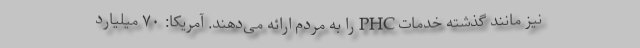
نیز مانند گذشته خدمات PHC را به مردم ارائه می‌دهند. آمریکا: ۷۰ میلیارد